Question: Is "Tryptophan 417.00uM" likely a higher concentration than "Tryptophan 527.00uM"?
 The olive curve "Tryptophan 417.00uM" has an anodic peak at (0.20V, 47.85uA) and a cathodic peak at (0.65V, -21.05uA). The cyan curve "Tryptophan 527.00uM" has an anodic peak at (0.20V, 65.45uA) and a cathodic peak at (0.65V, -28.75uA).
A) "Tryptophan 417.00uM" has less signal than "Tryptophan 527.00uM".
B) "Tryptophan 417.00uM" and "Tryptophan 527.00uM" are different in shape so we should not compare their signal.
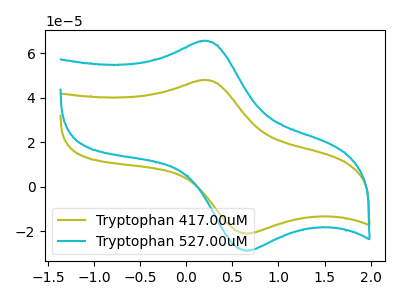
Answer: <think>All the peaks in "Tryptophan 417.00uM" have a peak in "Tryptophan 527.00uM" at the same potential. Every peak in "Tryptophan 417.00uM" is lower than every peak in "Tryptophan 527.00uM".
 </think>
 <answer>A) "Tryptophan 417.00uM" has less signal than "Tryptophan 527.00uM".</answer>
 <eval>A</eval>